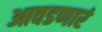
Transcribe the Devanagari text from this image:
आवडणारं